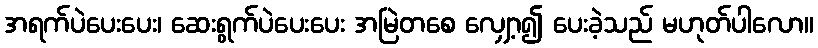
အရက်ပဲပေးပေး၊ ဆေးရွက်ပဲပေးပေး အမြဲတစေ လျှော့၍ ပေးခဲ့သည် မဟုတ်ပါလော။